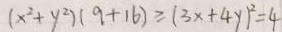
( x ^ { 2 } + y ^ { 2 } ) ( 9 + 1 6 ) \geq ( 3 x + 4 y ) ^ { 2 } = 4